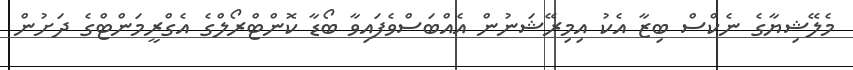
މެލޭޝިޔާގެ ނެކްސް ބިޒާ އެކު އިމިރޭޝަނުން އެއްބަސްވެފައިވާ ބޯޑާ ކޮންޓްރޯލްގެ އެގްރީމަންޓްގެ ދަށުން